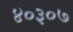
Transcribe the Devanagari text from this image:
४०३०७